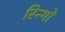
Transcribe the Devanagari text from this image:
रिन्गो